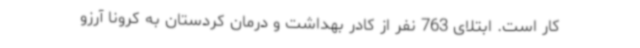
کار است. ابتلای 763 نفر از کادر بهداشت و درمان کردستان به کرونا آرزو